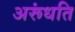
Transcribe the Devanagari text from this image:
अरूंधति